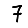
Digit: 7